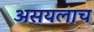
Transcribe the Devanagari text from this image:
असयलाच